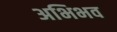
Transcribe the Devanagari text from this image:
अभिभव